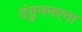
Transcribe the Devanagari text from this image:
ठंठुननएना